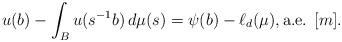
LaTeX: \begin{align*}u(b) - \int_B u(s^{-1}b) \, d\mu(s) = \psi(b) - \ell_d(\mu), \textrm{a.e. $[m]$.}\end{align*}